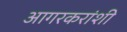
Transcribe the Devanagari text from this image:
आगरकरांशी